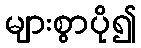
များစွာပို၍